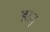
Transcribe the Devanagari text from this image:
हानु